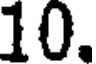
10.